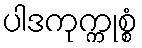
ပါဒကုက္ကုစ္စံ